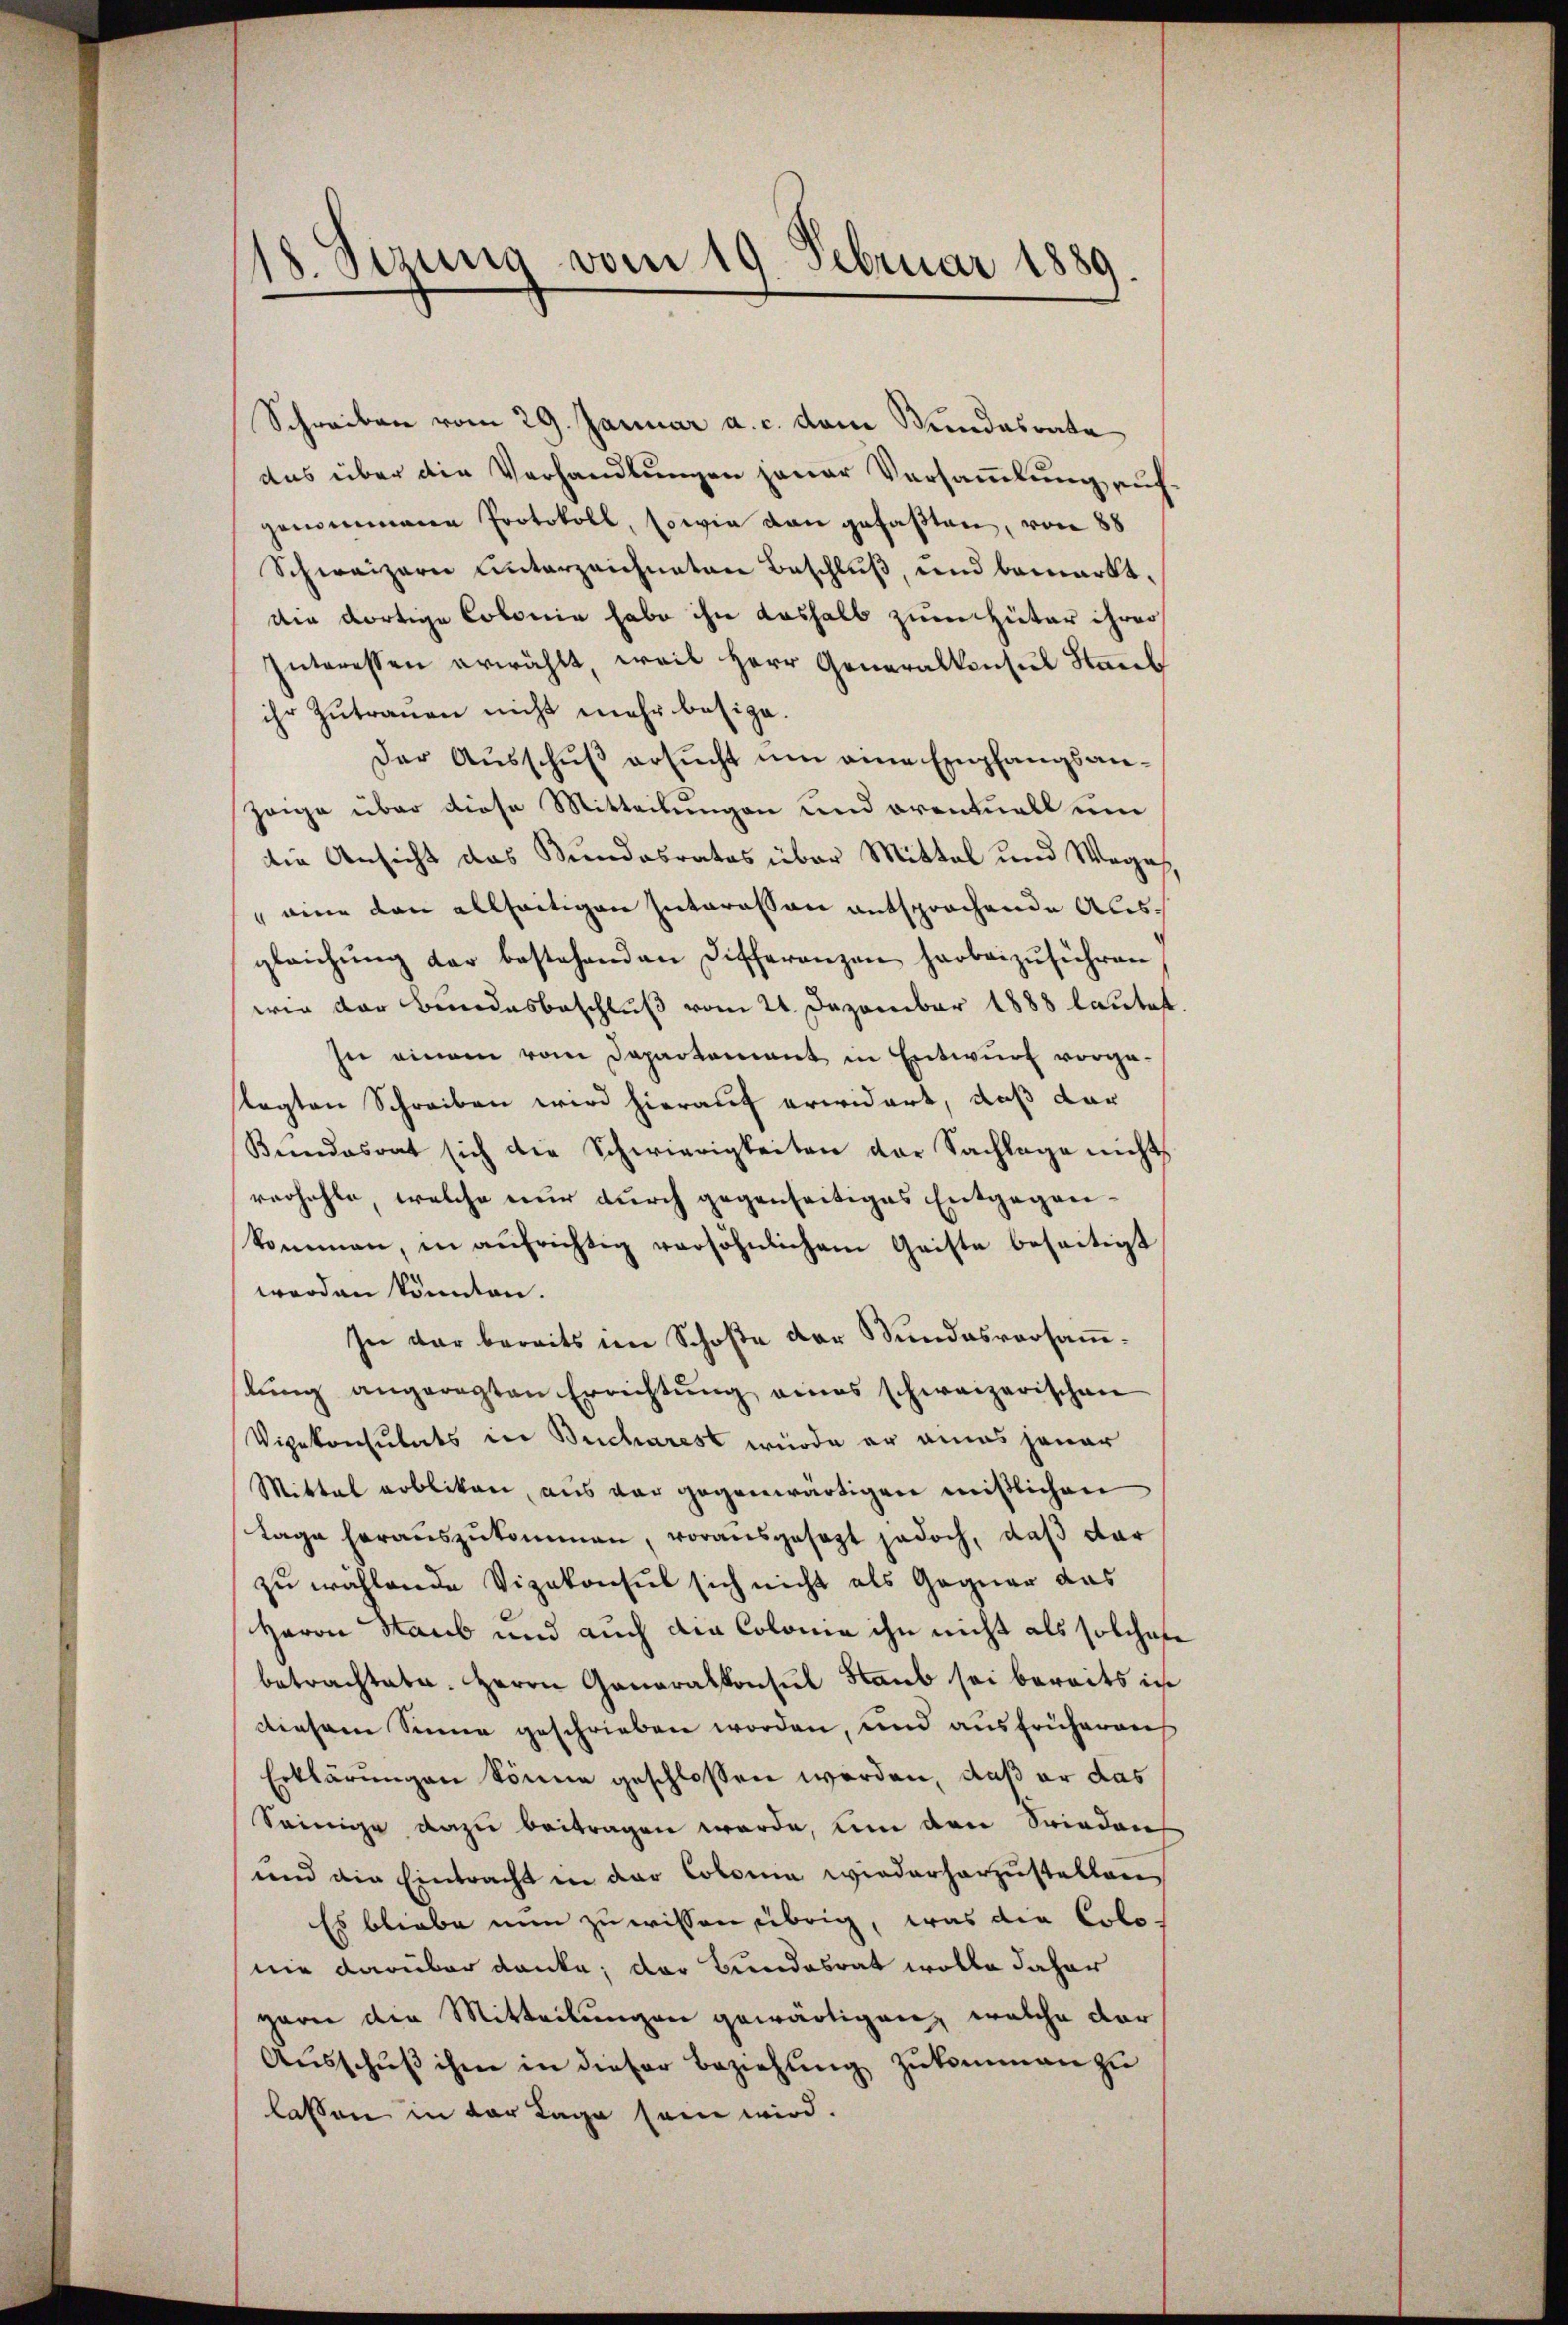
18. Sizung vom 19. Februar 1889.

Schreiben vom 29. Januar a. c. dem Stundesrate
das über die Verhandlungen jener Versammlung aufgenommene Protokoll, sowie dan gefaβten, von 88
Schweizern unterzeichneten Beschluß, und bemerkt,
die dortige Colonie habe ihn deshalb zum Hüter ihrer
Interessen erwählt, weil Herr Generalkonsul Staub
ihr Zutrauen nicht mehr besige.
Der Ausschuß ersucht um eine Empfangsanzeige über diese Mitteilungen und oventuell um
die Ansicht das Kundesrates über Mittel und Weges
 eine von allseitigen Interessen entsprochende Ausgleichŭng der bestehenden Differenzen harbeizŭführen
wie der Bundesbeschluß vom 21. Dezember 1888 lautet
In einem vom Departement in Entwurf vorge-
tagten Schreiben wird hierauf erwidert, daß dar
Kundesrat sich die Schwierigkeiten der Sachlage nichts
verhehle, welche nur durch gegenseitiges Entgegenkommen, in aŭfrichtig versöhnlichem Geiste beseitigt
werden könnten.
In der bereits im Schoße der Stundesvorsamlŭng angeregten Errichtŭng eines schweizerischen
Vipekonsulats in Bucharest würde er annes jener
Mittel erbliken, aus vor gegenwärtigen mißlichen
tage herauszukommen, vorausgesezt jedoch, daß dar
zu wählende Vizekonsul sich nicht als Gegner das
Herrn Staub und auch die Colome ihn nicht als solchen
betrachtete. Herrn Generalkonsul Staub sei bereits in
diesem Sinne geschrieben worden, und aus früheraus
Erklärungen könne geschlossen werden, daß er das
Seinige dazu beitragen werde, um den Frieden
und die Eintracht in der Colonia wiederharzustellen
Es bliebe nun zu wissen übrig, was die Colonie darüber danke, der Bundesrat wolle daher
garn die Mitteilŭngen gewärtigen, welche dor¬
Ausschuß ihm in dieser Beziehung zukommen zu
lassen in der Lage sein wird.